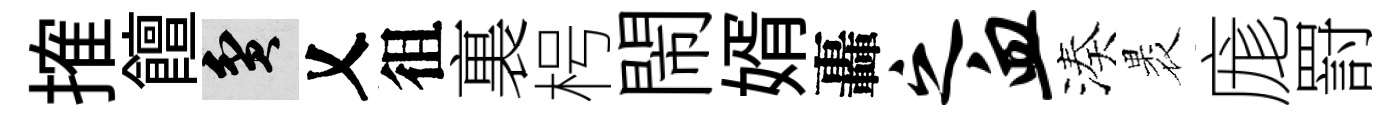
搉饘貧乂徂裏枵閙婿轟之血湊褁庬罸